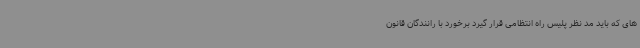
های که باید مد نظر پلیس راه انتظامی قرار گیرد برخورد با رانندگان قانون